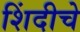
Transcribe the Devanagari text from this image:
शिंदीचे